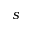
s